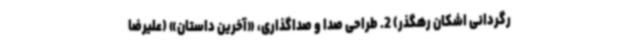
رگردانی اشکان رهگذر) 2. طراحی صدا و صداگذاری، «آخرین داستان» (علیرضا